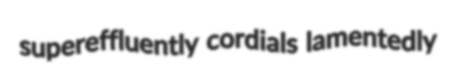
supereffluently cordials lamentedly